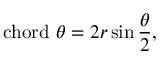
\mathrm { c h o r d } \ \theta = 2 r \sin { \frac { \theta } { 2 } } ,